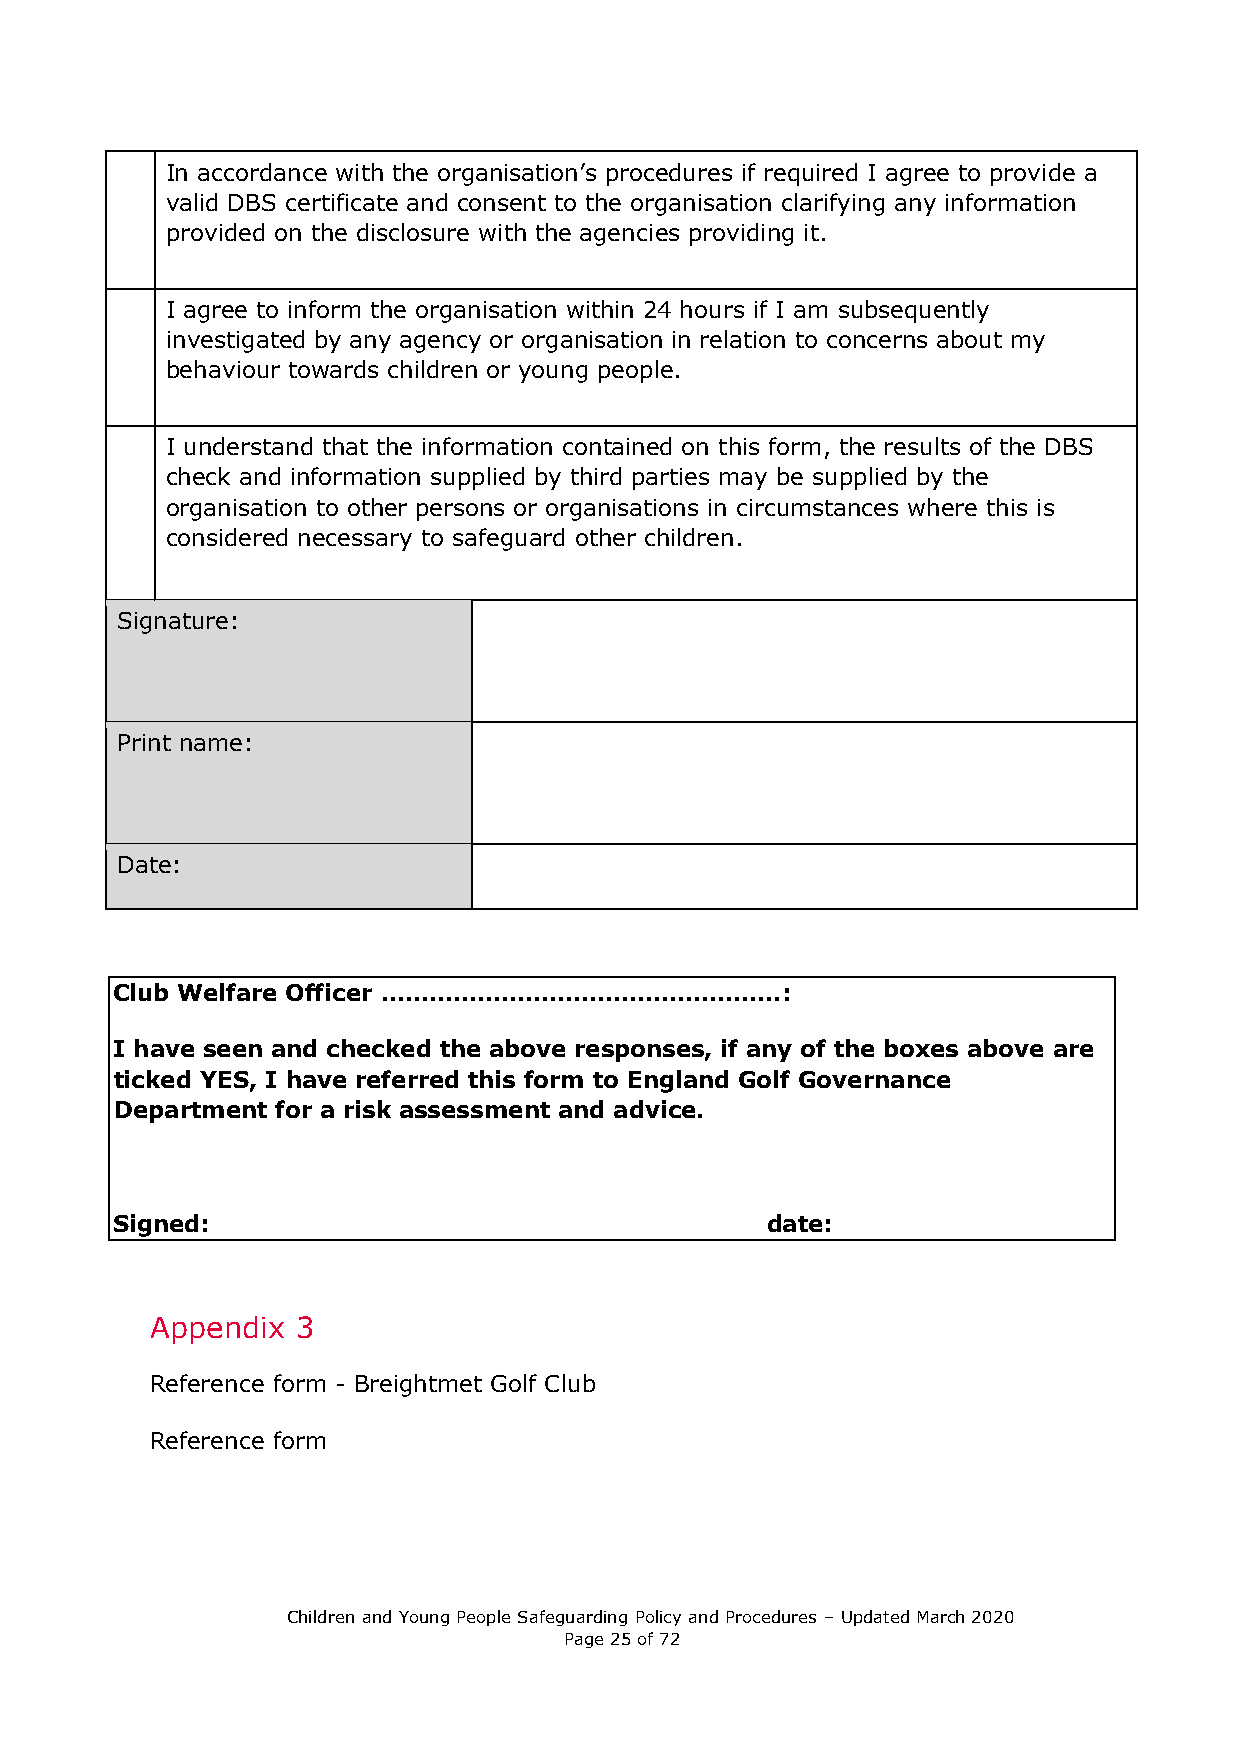
In accordance with the organisation’s procedures if required I agree to provide a
 valid DBS certificate and consent to the organisation clarifying any information
 provided on the disclosure with the agencies providing it.
 I agree to inform the organisation within 24 hours if I am subsequently
 investigated by any agency or organisation in relation to concerns about my
 behaviour towards children or young people.
 I understand that the information contained on this form, the results of the DBS
 check and information supplied by third parties may be supplied by the
 organisation to other persons or organisations in circumstances where this is
 considered necessary to safeguard other children.
 Signature:
 Print name:
 Date:
 Club Welfare Officer …………………………………………..:
 I have seen and checked the above responses, if any of the boxes above are
 ticked YES, I have referred this form to England Golf Governance
 Department for a risk assessment and advice.
 Signed:                                     date:
 Appendix  3
 Reference form - Breightmet Golf Club
 Reference form
 Children and Young People Safeguarding Policy and Procedures – Updated March 2020
 Page 25 of 72